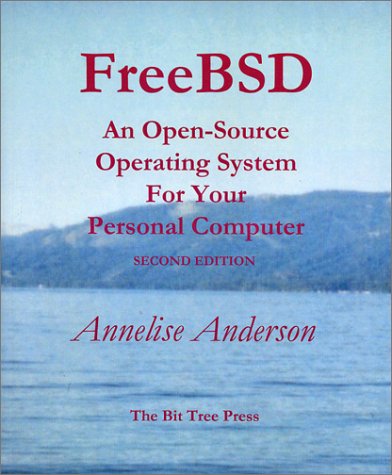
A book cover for FreeBSD: An Open-Source Operating System for Your Personal Computer, Second Edition (with CD-ROM); Annelise Anderson; Computers & Technology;